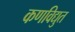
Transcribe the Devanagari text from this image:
कणविद्युत